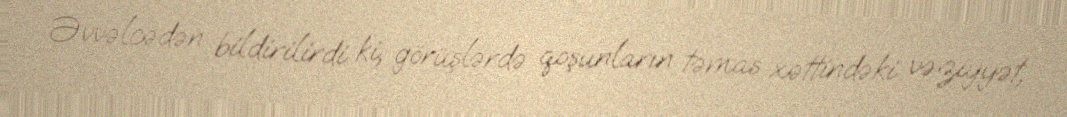
Əvvəlcədən bildirilirdi ki, görüşlərdə qoşunların təmas xəttindəki vəziyyət,